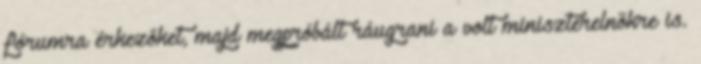
fórumra érkezőket, majd megpróbált ráugrani a volt miniszterelnökre is.